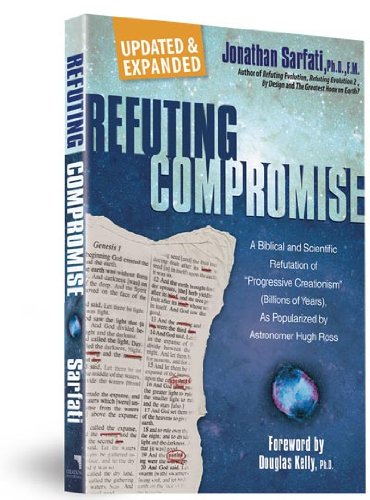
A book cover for Refuting Compromise: A Biblical and Scientific Refutation of "Progressive Creationism" (Billions of Years) As Popularized by Astronomer Hugh Ross; Jonathan Sarfati; Christian Books & Bibles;